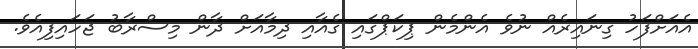
އެއަށްފަހު ގިނައިރެއް ނުވެ އެންމެން ޕިކަޕްގައި ގެއާއި ދިމާއަށް ދާން މިސްރާބު ޖަހައިފިއެވެ.